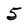
Character: 5